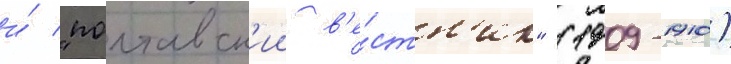
и́ "полтавск'ии в'е́стн'ик" (1909-1910)